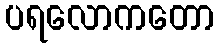
ပရလောကတော